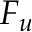
F _ { u }